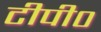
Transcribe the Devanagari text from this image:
टीपी०